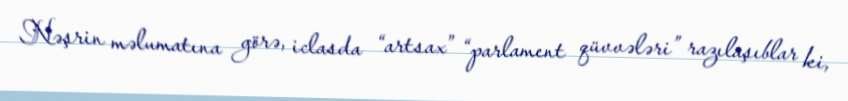
Nəşrin məlumatına görə, iclasda “artsax” “parlament qüvvələri” razılaşıblar ki,